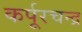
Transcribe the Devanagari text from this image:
कर्पूरचन्द्र